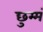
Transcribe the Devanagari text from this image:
छुम्मं